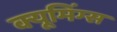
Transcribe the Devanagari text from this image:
क्यूमिंग्स